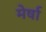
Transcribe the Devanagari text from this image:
मेर्षा